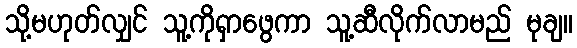
သို့မဟုတ်လျှင် သူ့ကိုရှာဖွေကာ သူ့ဆီလိုက်လာမည် မုချ။